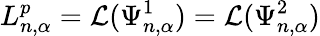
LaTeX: L_{n,\alpha}^{p}=\mathcal{L}(\Psi_{n,\alpha}^{1})=\mathcal{L}(\Psi_{n,\alpha}^{2})